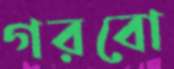
গরবো